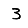
Digit: 3